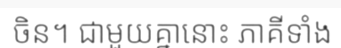
ចិន។ ជាមួយគ្នានោះ ភាគីទាំង